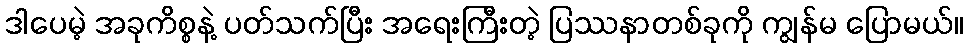
ဒါပေမဲ့ အခုကိစ္စနဲ့ ပတ်သက်ပြီး အရေးကြီးတဲ့ ပြဿနာတစ်ခုကို ကျွန်မ ပြောမယ်။